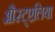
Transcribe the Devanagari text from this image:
औस्ट्एलिया